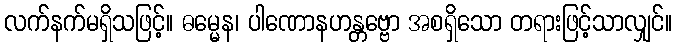
လက်နက်မရှိသဖြင့်။ ဓမ္မေန၊ ပါဏောနဟန္တဗ္ဗော အစရှိသော တရားဖြင့်သာလျှင်။